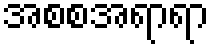
အစစအရာရာ